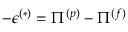
- \epsilon ^ { ( * ) } = \Pi ^ { ( p ) } - \Pi ^ { ( f ) }